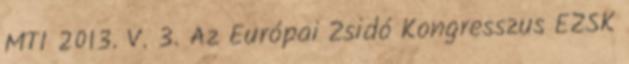
MTI 2013. V. 3. Az Európai Zsidó Kongresszus EZSK